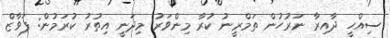
ސިއްހީ ދާއިރާ ނަރުހުން ތަމްރީނު ކުރާ މިންވަރު މިދަނީ އިތުރު ކުރަމުން: ފަވާޒް